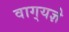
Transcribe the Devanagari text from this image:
वाग्‌यज्ञे